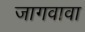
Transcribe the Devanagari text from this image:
जागवावा